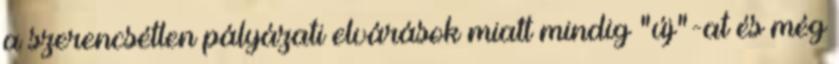
a szerencsétlen pályázati elvárások miatt mindig "új"-at és még